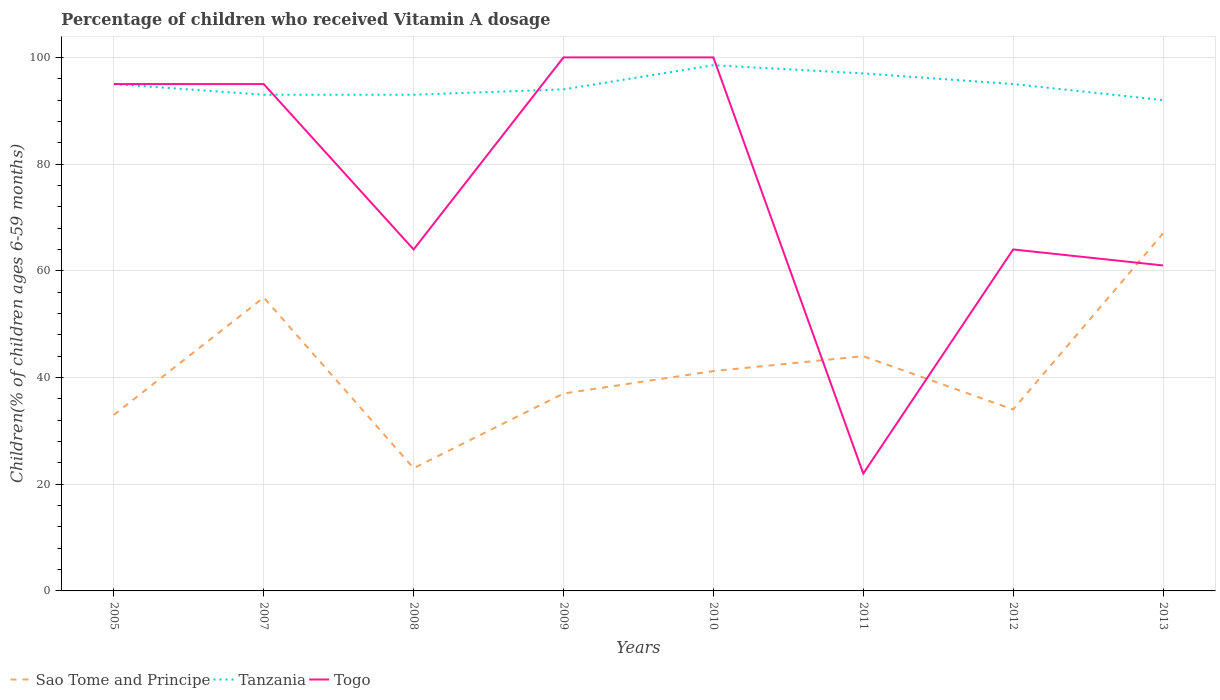
| Years | Sao Tome and Principe | Tanzania | Togo |
 | --- | --- | --- | --- |
 | 2005 | 33 | 95 | 95 |
 | 2007 | 55 | 93 | 95 |
 | 2008 | 23 | 93 | 64 |
 | 2009 | 37 | 94 | 100 |
 | 2010 | 41.2 | 98.5 | 100 |
 | 2011 | 44 | 97 | 22 |
 | 2012 | 34 | 95 | 64 |
 | 2013 | 67 | 92 | 61 |